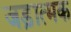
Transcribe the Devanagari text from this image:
जड़ात्मक